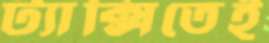
ট্যাক্সিতেই